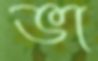
ভা